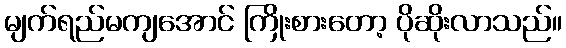
မျက်ရည်မကျအောင် ကြိုးစားတော့ ပိုဆိုးလာသည်။